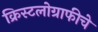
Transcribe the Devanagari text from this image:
क्रिस्टलोग्राफीचे